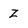
Character: Z